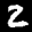
Label: 2